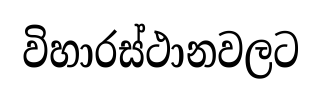
විහාරස්ථානවලට